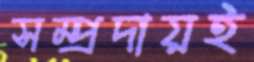
সম্প্রদায়ই